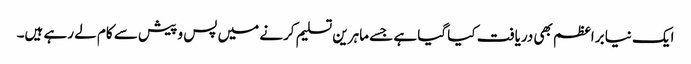
ایک نیا براعظم بھی دریافت کیا گیا ہے جسے ماہرین تسلیم کرنے میں پس و پیش سے کام لے رہے ہیں۔